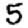
Digit: 5